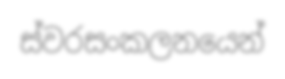
ස්වරසංකලනයෙන්